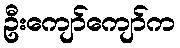
ဦးကျော်ကျော်က